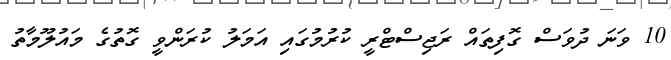
10 ވަނަ ދުވަސް ގޮފިތައް ރަޖިސްޓްރީ ކުރުމުގައި އަމަލު ކުރަންވީ ގޮތުގެ މައުލޫމާތު